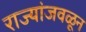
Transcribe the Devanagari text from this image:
राज्यांजवळून